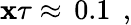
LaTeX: \mathbf{x}\tau\approx\, 0.1\, \; ,